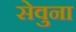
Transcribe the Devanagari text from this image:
सेवुना